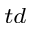
_ { t d }